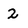
Character: 2